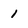
Character: 1